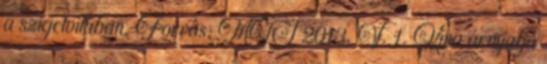
a szigetvitában. Forrás: MTI 2013. V. 1. Kína árnyalja